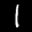
Label: 1